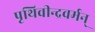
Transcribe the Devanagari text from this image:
पृथिवीन्द्रवर्मन्